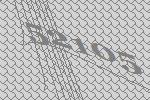
52105